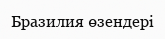
Бразилия өзендері